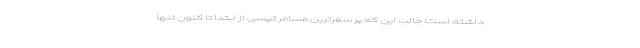
داشته است! جالب این که پر سفرترین مسافر تپسی از ابتدا تا کنون تنها